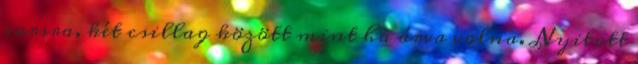
sorsra, két csillag között mint ha árva volna. Nyitott